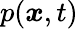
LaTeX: p({\boldsymbol{x}},t)